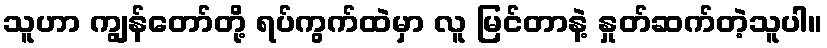
သူဟာ ကျွန်တော်တို့ ရပ်ကွက်ထဲမှာ လူ မြင်တာနဲ့ နှုတ်ဆက်တဲ့သူပါ။